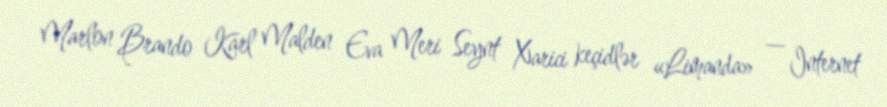
Marlon Brando Karl Malden Eva Meri Seynt Xarici keçidlər «Limanda» — Internet